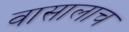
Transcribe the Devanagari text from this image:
वासालाच